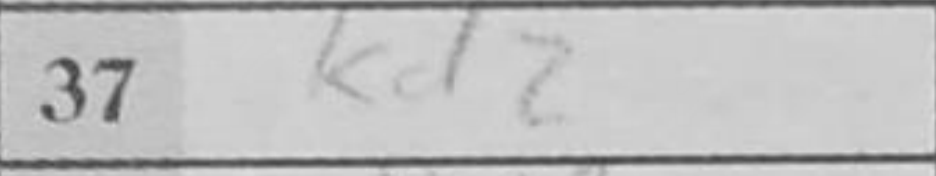
Transcription: Kd2